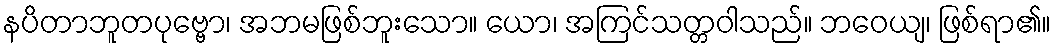
နပိတာဘူတပုဗ္ဗော၊ အဘမဖြစ်ဘူးသော။ ယော၊ အကြင်သတ္တဝါသည်။ ဘဝေယျ၊ ဖြစ်ရာ၏။